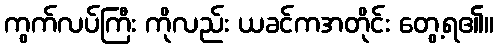
ကွက်လပ်ကြီး ကိုလည်း ယခင်ကအတိုင်း တွေ့ရ၏။